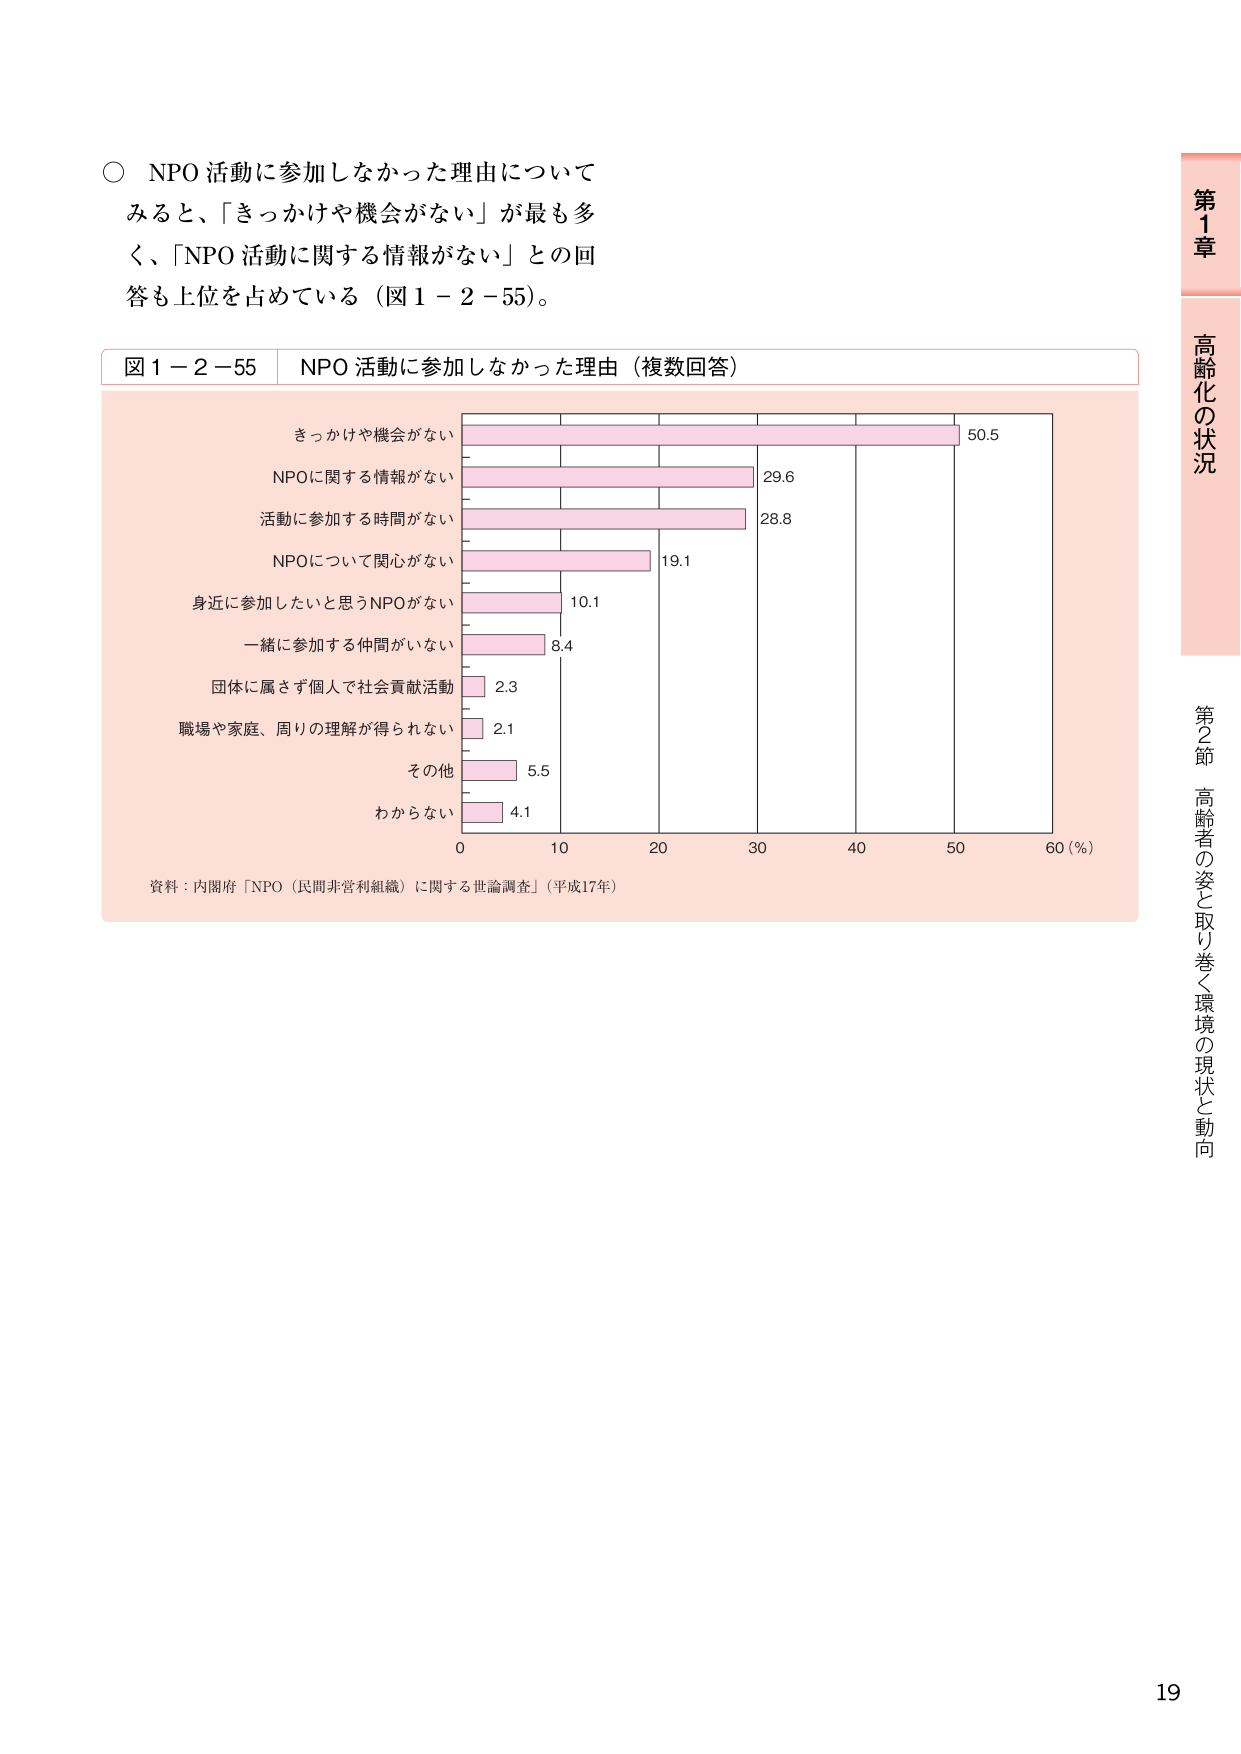
○ NPO 活動に参加しなかった理由について
みると、「きっかけや機会がない」が最も多
く、「NPO 活動に関する情報がない」との回
答も上位を占めている（図 1－2－55）。

図 1－2－55　NPO 活動に参加しなかった理由（複数回答）

きっかけや機会がない　　　　　　　　　50.5
NPOに関する情報がない　　　　　　　　　29.6
活動に参加する時間がない　　　　　　　　28.8
NPOについて関心がない　　　　　　　　　19.1
身近に参加したいと思うNPOがない　　　　10.1
一緒に参加する仲間がいない　　　　　　　8.4
団体に属さず個人で社会貢献活動　　　　2.3
職場や家庭、周りの理解が得られない　　2.1
その他　　　　　　　　　　　　　　　　　5.5
わからない　　　　　　　　　　　　　　　4.1

0　　10　　20　　30　　40　　50　　60（％）

資料：内閣府「NPO（民間非営利組織）に関する世論調査」（平成17年）

第1章
高齢化の状況

第2節　高齢者の姿と取り巻く環境の現状と動向

19